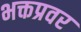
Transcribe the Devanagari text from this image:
भक्तप्रवर